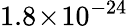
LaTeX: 1.8\! \times\! 10^{-24}